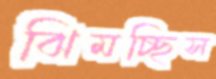
ঝিমচ্ছিস